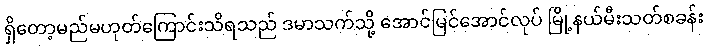
ရှိတော့မည်မဟုတ်ကြောင်းသိရသည် ဒမာသက်သို့ အောင်မြင်အောင်လုပ် မြို့နယ်မီးသတ်စခန်း